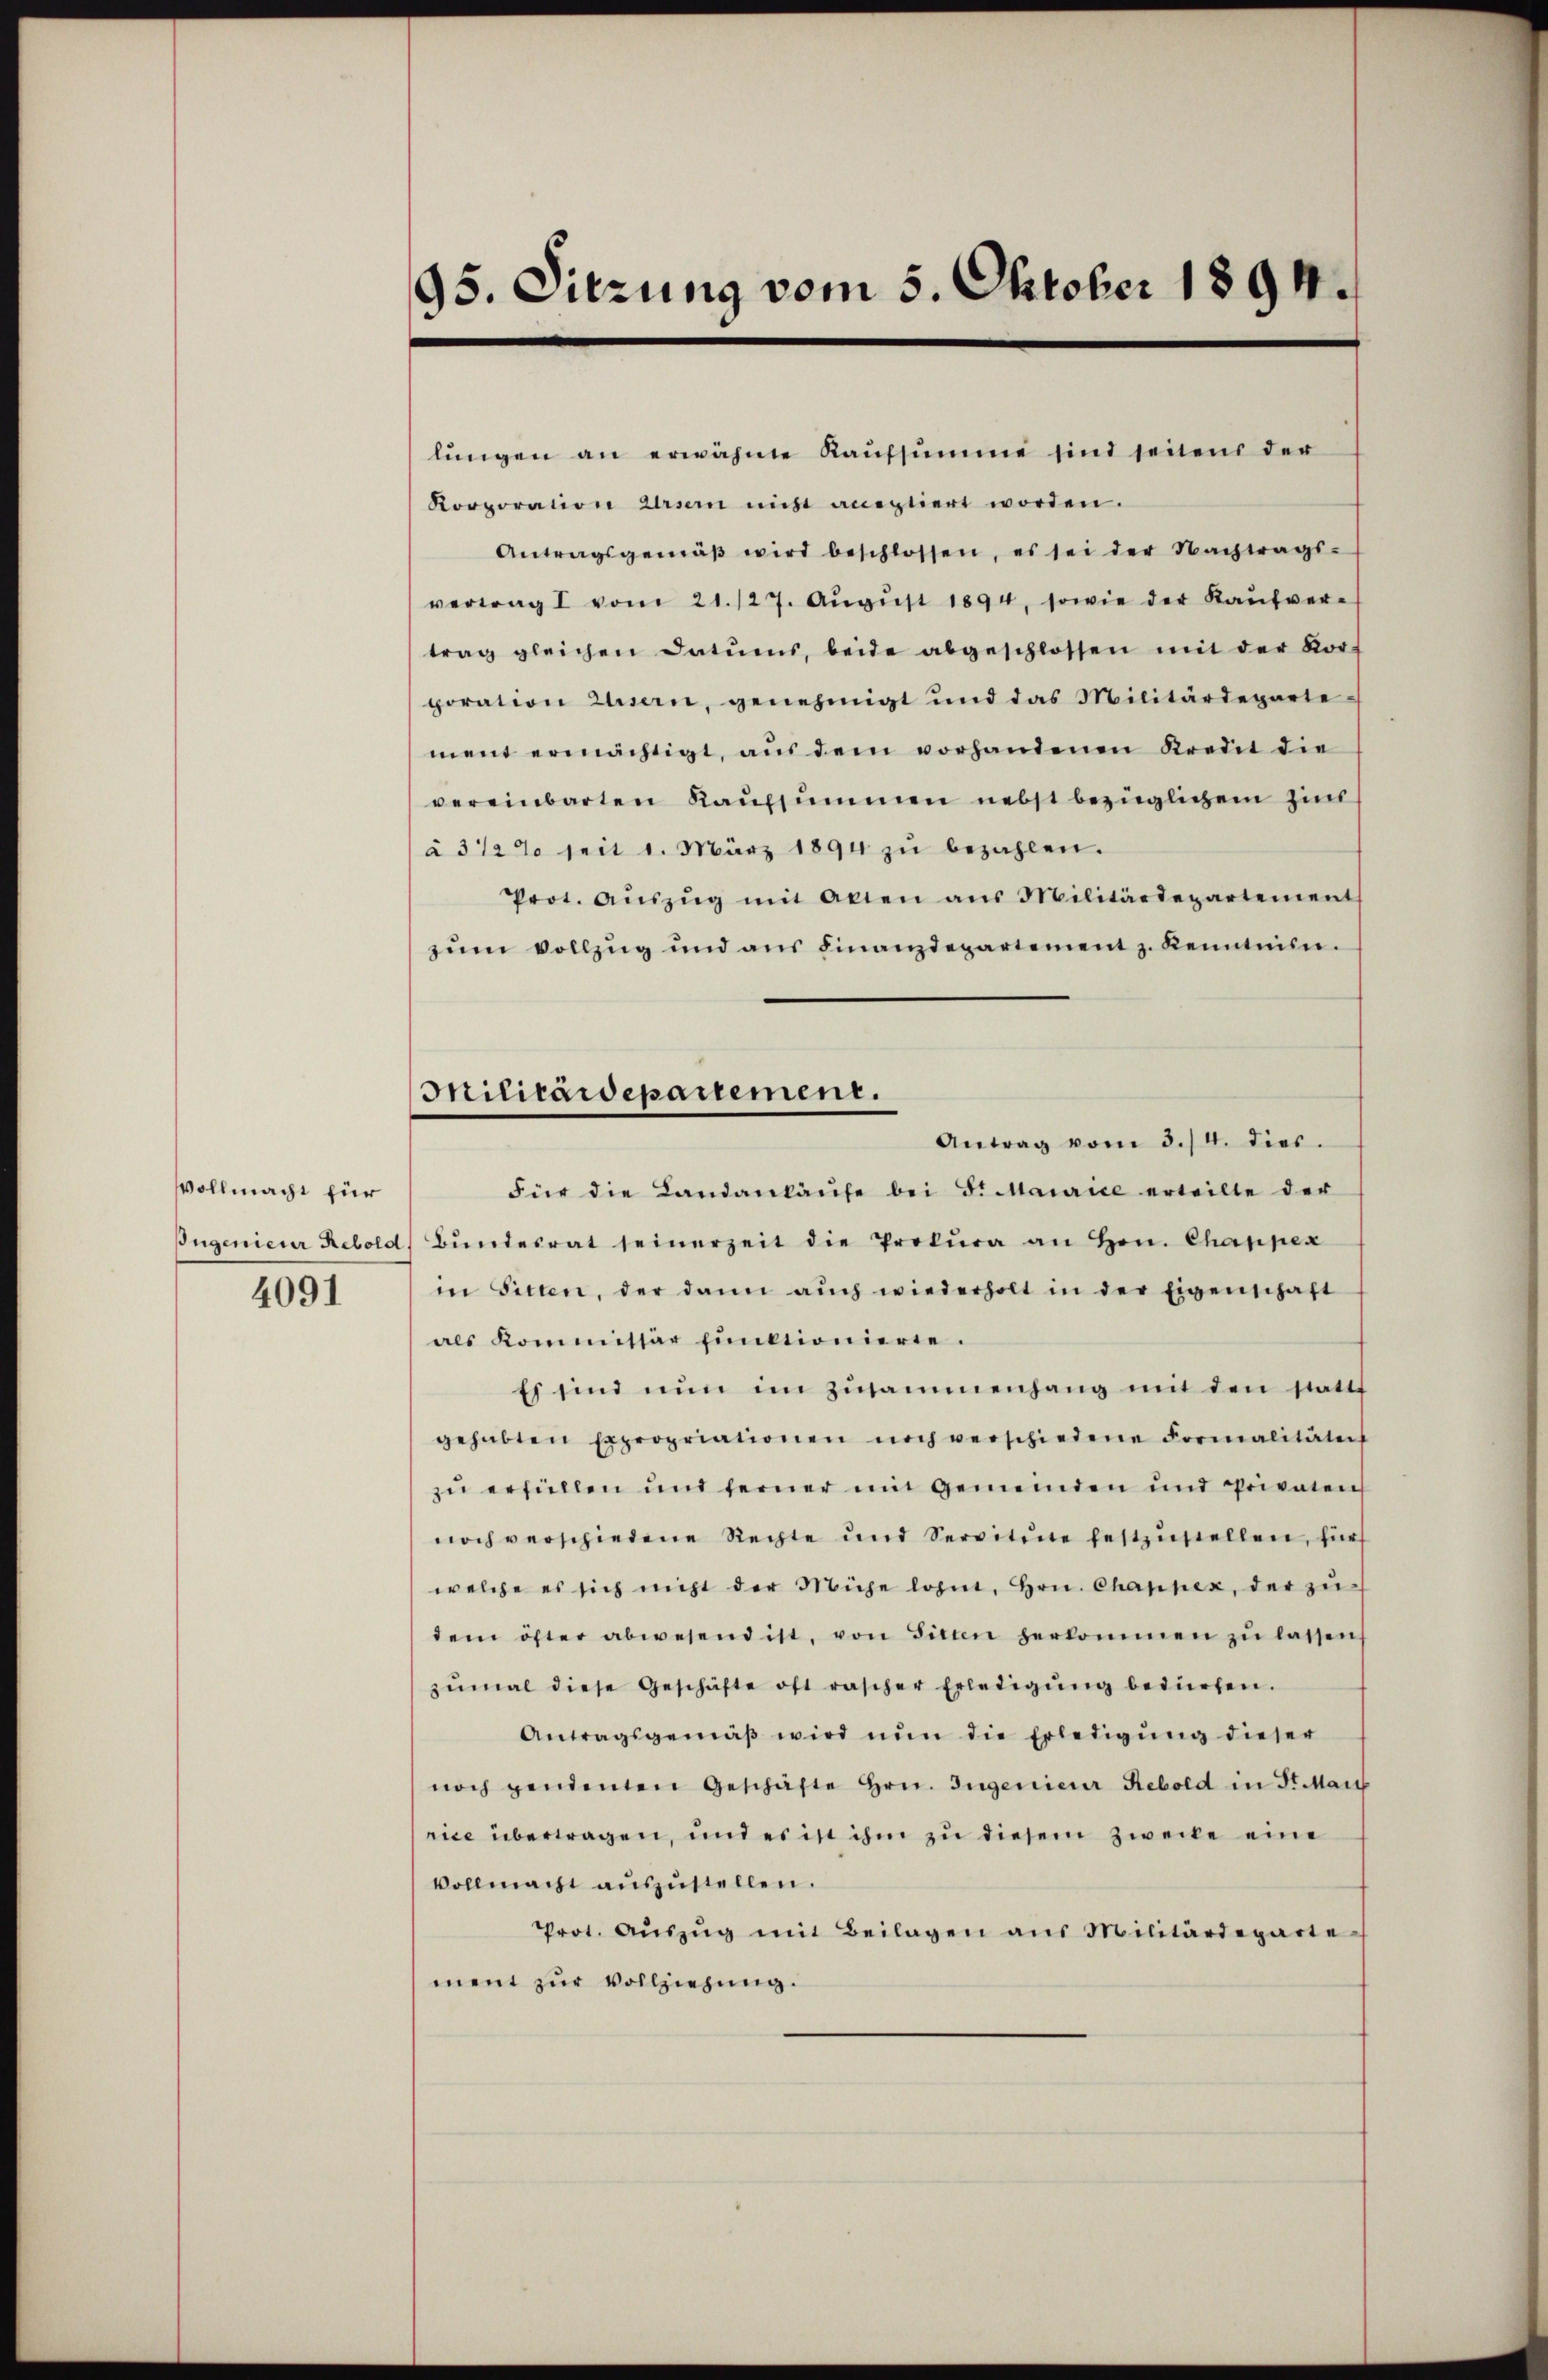
Vollmacht für
Jugenieur Rebold
4091

95. Sitzung vom 5. Oktober 1894.

lŭngen an erwähne Kaŭfsŭmme sind seitens der
Korporation Ursern nicht aneptiert worden.
Antragsgemäβ wird beschlossen, es sei der Nachtrags-
vertrag I vom 21./27. Aŭgŭst 1894, sowie der Kaŭfver-
trag gleichen Datums, beide abgeschlossen mit der Kor-
poration Zusern, genehmigt und das Militärdeparte
ment ermächtigt, aŭs dem vorhandenen Kredit die
vereinbarten Kaŭfsummen nebst bezüglichem Zins
à 3 1/2 % seit 1. März 1894 zŭ bezahlen.
Prot. Aŭszŭg mit Akten aus Militärdepartement
zŭm Vollzug und ans Finanzdepartement z. Kenntnisn
Antrag vom 3./4. dies
Für die Landankäufe bei Sr Maurice erteilte der
Bŭndesrat seinerzeit die Prokura an Hrn. Chapper
in Sitten, der dann aŭch wiederholt in der Eigenschaft
als Kommissär funktionierte.
Es sind nun im Zusammenhang mit den stattf
gehabten Expropriationen noch verschiedene Formalitäters
zu erfüllen und ferner mit Gemeinden und Privaten
noch verschiedene Rechte und Servitine festzŭstellen, für
welche es sich nicht der Mühe lohnt, Hrn. Chappex, der zudem öfter abwesend ist, von Sitten herkommen zŭ lassen,
zŭmal diese Geschäfte oft rascher Erledigŭng bedürfen.
Antragsgemäβ wird nun die Erledigŭng dieser
noch pendenten Geschäfte Hrn. Ingenieur Rebold in St. Mai
rice übertragen, und es ist ihm zu diesem Zwecke eine
Vollmacht auszustellen.
Prot. Aŭszŭg mit Beilagen aus Militärdeparte
ment zur Vollziehung.

Militärdepartement.